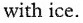
with ice.